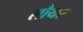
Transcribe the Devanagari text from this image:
लौथर